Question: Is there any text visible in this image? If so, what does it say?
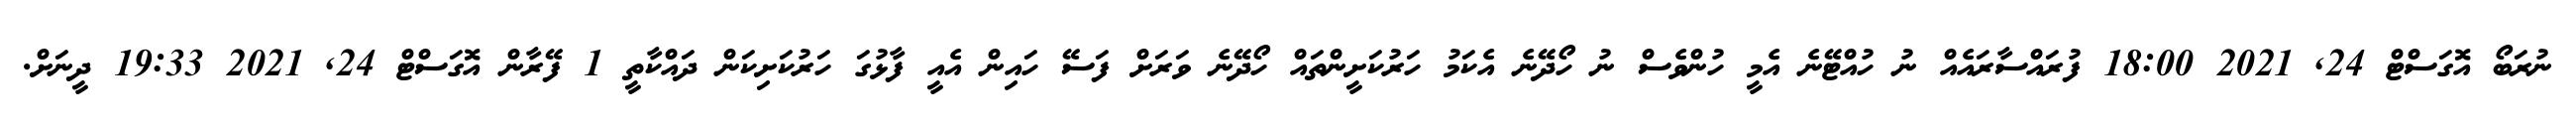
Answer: ނުރަބޯ އޮގަސްޓް 24, 2021 18:00 ފުރައްސާރައެއް ނު ހުއްޓޭނެ އެމީ ހުންވެސް ނު ހޯދޭނެ އެކަމު ހަރުކަށީންތައް ހޯދޭނެ ވަރަށް ފަސޭ ހައިން އެއީ ފާޅުގަ ހަރުކަށިކަން ދައްކާތީ 1 ފޭރާން އޮގަސްޓް 24, 2021 19:33 ދީނަށް.